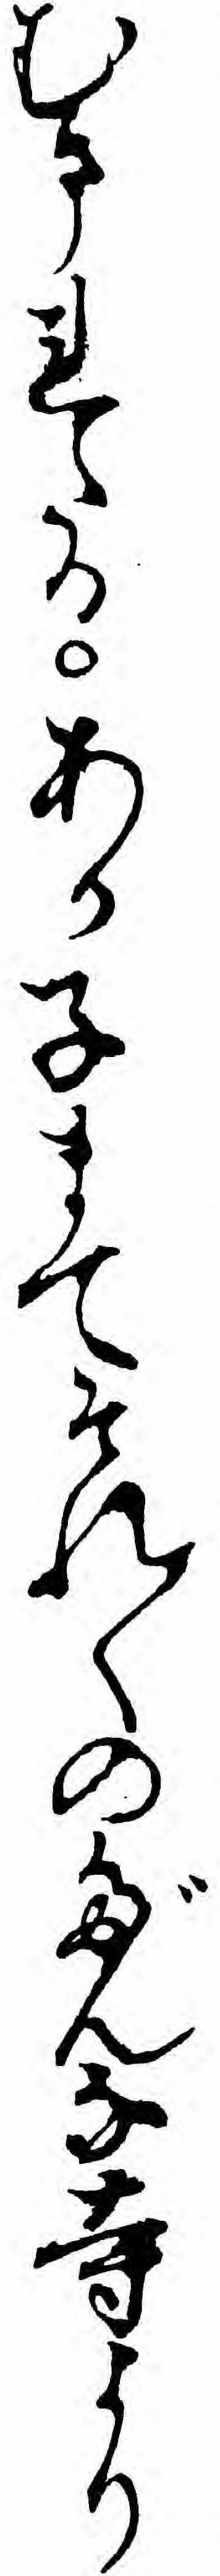
むまれたるあか子まてそれ〱のだんな寺より